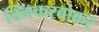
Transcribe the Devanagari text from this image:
क्निकरबोकर